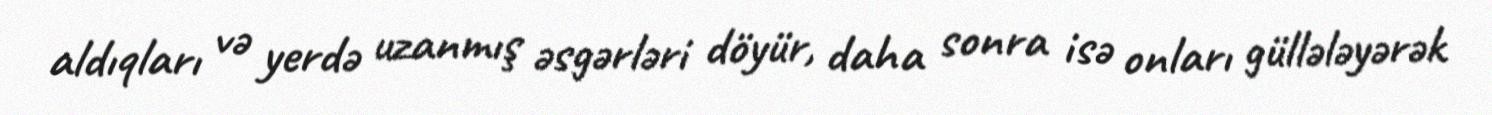
aldıqları və yerdə uzanmış əsgərləri döyür, daha sonra isə onları güllələyərək